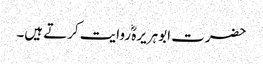
حضرت ابوہریرہؓ روایت کرتے ہیں۔